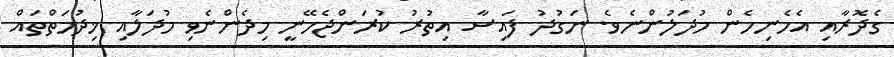
ގެދޮރާއި އެހެނިހެން މުދަލުންނެވެ. ނަގުދު ފައިސާ އިތުރު ކުރަންޖެހޭނީ މިދެންނެވި މުދަލާއި ޚިދުމަތްތައް